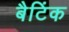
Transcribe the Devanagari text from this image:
बैटिंक